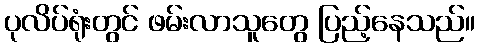
ပုလိပ်ရုံးတွင် ဖမ်းလာသူတွေ ပြည့်နေသည်။